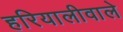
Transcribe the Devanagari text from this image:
हरियालीवाले